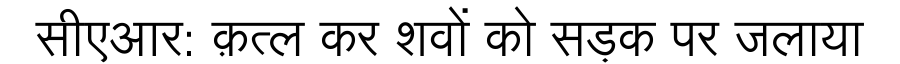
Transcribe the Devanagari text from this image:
सीएआर: क़त्ल कर शवों को सड़क पर जलाया